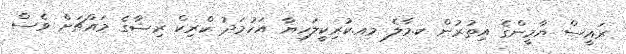
ރައީސް ޔާމީންގެ އިތުރުން ކ.މާލެ މއ.ކުރިކީލަހިޔާ އަހުމަދު ކްރިކް ރިޟާގެ މައްޗަށް ވެސް